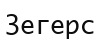
Зегерс